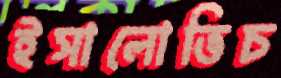
ইসালোভিচ